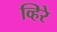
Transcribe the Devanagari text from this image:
व्हिरे